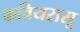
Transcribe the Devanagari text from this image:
कवियरासू